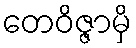
တေဝိဇ္ဇာမှိ